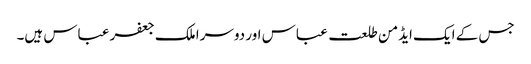
جس کے ایک ایڈمن طلعت عباس اور دوسرا ملک جعفر عباس ہیں۔